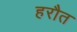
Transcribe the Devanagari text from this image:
हरौत